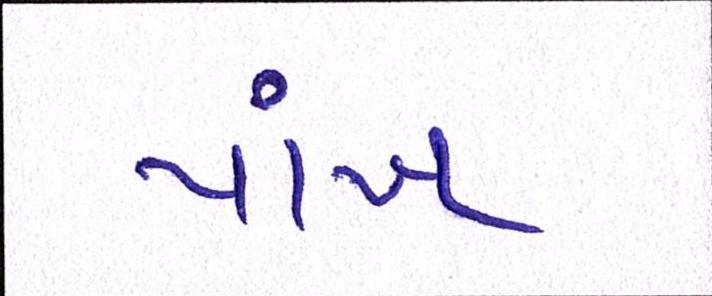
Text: પાંખ